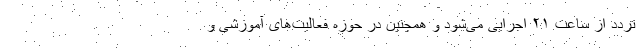
تردد از ساعت ۲۱ اجرایی می‌شود و همچنین در حوزه فعالیت‌های آموزشی و